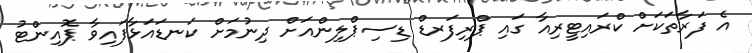
އެ ފަރާތަކަށް ކްރައިޓީރިއާ ގައި ޕްރިފަރޑް ޑިސިޕްލިންއަށް ދިނުމަށް ކަނޑައަޅާފައިވާ ޕޮއިންޓު